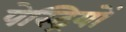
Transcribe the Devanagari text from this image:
पेस्ट्रियों